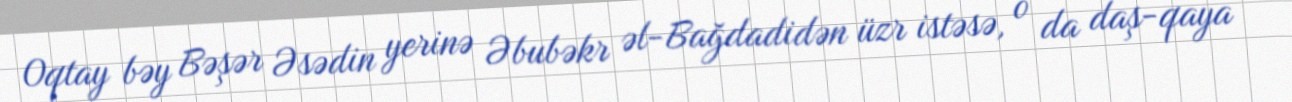
Oqtay bəy Bəşər Əsədin yerinə Əbubəkr əl-Bağdadidən üzr istəsə, o da daş-qaya